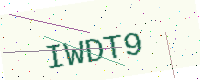
Text: IWDT9